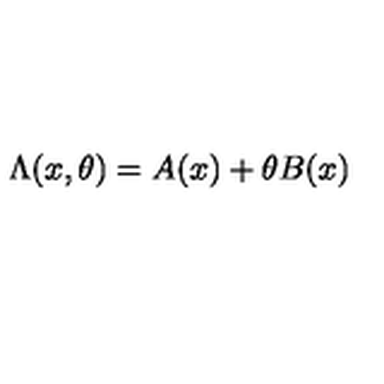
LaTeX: \Lambda ( x , \theta ) = A ( x ) + \theta B ( x )